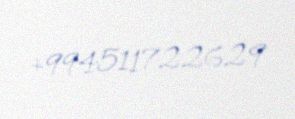
+994511722629